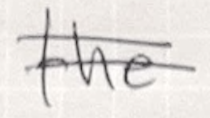
Text: the
Cross-out: double-line
Writing tool: ballpoint